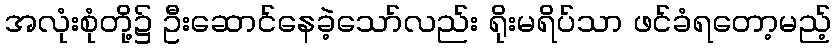
အလုံးစုံတို့၌ ဦးဆောင်နေခဲ့သော်လည်း ရိုးမရိပ်သာ ဖင်ခံရတော့မည့်